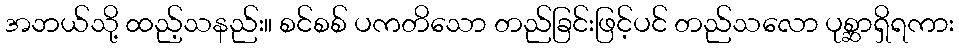
အဘယ်သို့ ထည့်သနည်း။ စင်စစ် ပကတိသော တည်ခြင်းဖြင့်ပင် တည်သလော ပုစ္ဆာရှိရကား